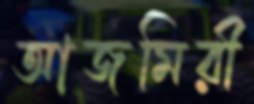
আজমিরী